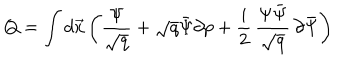
Q = \int d \vec { x } \left( \frac { \Psi } { \sqrt { q } } + \sqrt { q } \bar { \Psi } \partial p + \frac { i } { 2 } \, \frac { \Psi \bar { \Psi } } { \sqrt { q } } \, \partial \bar { \Psi } \right)